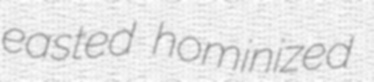
easted hominized